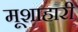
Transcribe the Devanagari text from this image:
मूशाहारी